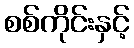
စစ်ကိုင်းနှင့်